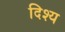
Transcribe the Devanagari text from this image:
दिश्य